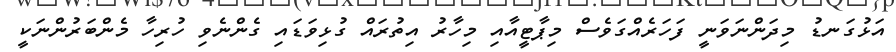
އަޅުގަނޑު މިދަންނަވަނީ ފަހަރެއްގަވެސް މިޕާޓީއާއި މިހާރު އިތުރައް ގުޅިވަޑައި ގެންނެވި ހުރިހާ މެންބަރުންނަކީ